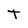
Character: t